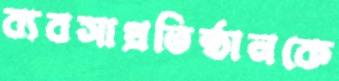
ব্যবসাপ্রতিষ্ঠানকে